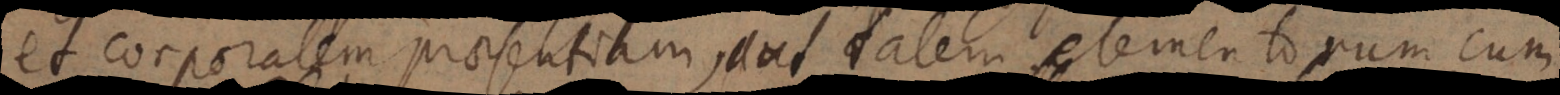
et corporalem praesentiam, aut talem elementorum cum